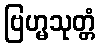
ဗြဟ္မသုတ္တံ